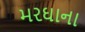
મરઘાના